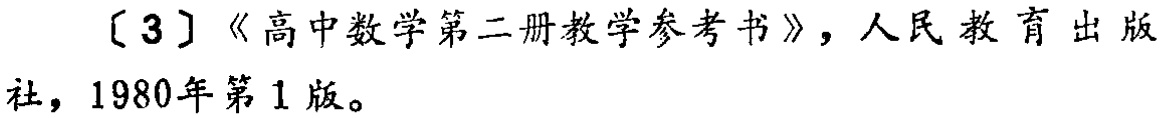
[3]《高中数学第二册教学参考书》，人民教育出版社，1980年第1版。